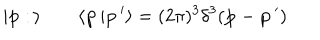
\vert { \bf p } : \, \rangle \qquad \langle { \bf p } \, \vert { \bf p } \, ^ { \prime } \rangle = ( 2 \pi ) ^ { 3 } \delta ^ { 3 } ( { \bf p } - { \bf p } \, ^ { \prime } )